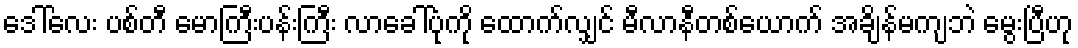
ဒေါ်လေး ပစ်တီ မောကြီးပန်းကြီး လာခေါ်ပုံကို ထောက်လျှင် မီလာနီတစ်ယောက် အချိန်မကျဘဲ မွေးပြီဟု